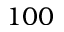
1 0 0